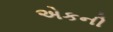
એકની